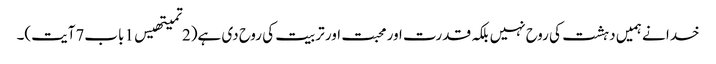
خدا نے ہمیں دہشت کی روح نہیں بلکہ قدرت اور محبت اور تربیت کی روح دی ہے(2تمیتھیس1باب7آیت)۔